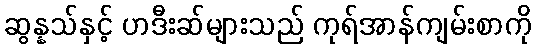
ဆွန္နသ်နှင့် ဟဒီးဆ်များသည် ကုရ်အာန်ကျမ်းစာကို